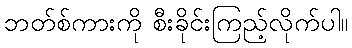
ဘတ်စ်ကားကို စီးခိုင်းကြည့်လိုက်ပါ။